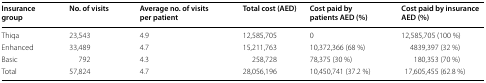
| Insurance group | No. of visits | Average no. of visits per patient | Total cost (AED) | Cost paid by patients AED (%) | Cost paid by insurance AED (%) |
 | --- | --- | --- | --- | --- | --- |
 | Thiqa | 23,543 | 4.9 | 12,585,705 | 0 | 12,585,705 (100 %) |
 | Enhanced | 33,489 | 4.7 | 15,211,763 | 10,372,366 (68 %) | 4839,397 (32 %) |
 | Basic | 792 | 4.3 | 258,728 | 78,375 (30 %) | 180,353 (70 %) |
 | Total | 57,824 | 4.7 | 28,056,196 | 10,450,741 (37.2 %) | 17,605,455 (62.8 %) |